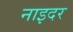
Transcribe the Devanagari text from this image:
नाइदर